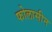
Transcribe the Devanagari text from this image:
फोलासीन